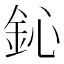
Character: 鈊